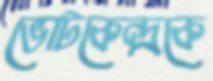
ভোটকেন্দ্রকে